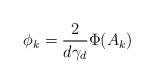
LaTeX: \begin{align*}\phi_k = \frac{2}{d\gamma_d}\Phi(A_k)\end{align*}